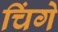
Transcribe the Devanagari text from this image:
चिंगे